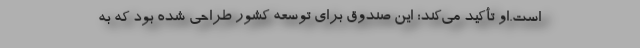
است.او تأكید می‌كند: این صندوق برای توسعه كشور طراحی شده بود كه به